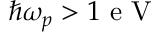
\hbar \omega _ { p } > 1 \mathrm { ~ e ~ V ~ }